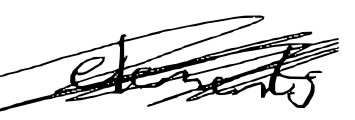
Text: elements
Cross-out: scratch
Writing tool: digital_black